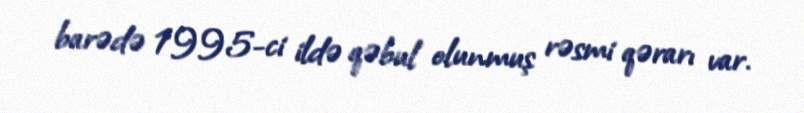
barədə 1995-ci ildə qəbul olunmuş rəsmi qərarı var.